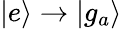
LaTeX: \mathinner{|{e}\rangle}\rightarrow\mathinner{|{g_{a}}\rangle}